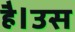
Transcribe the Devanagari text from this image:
है।उस